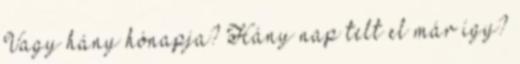
Vagy hány hónapja? Hány nap telt el már így?